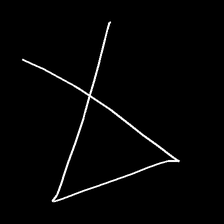
Glyph: collection